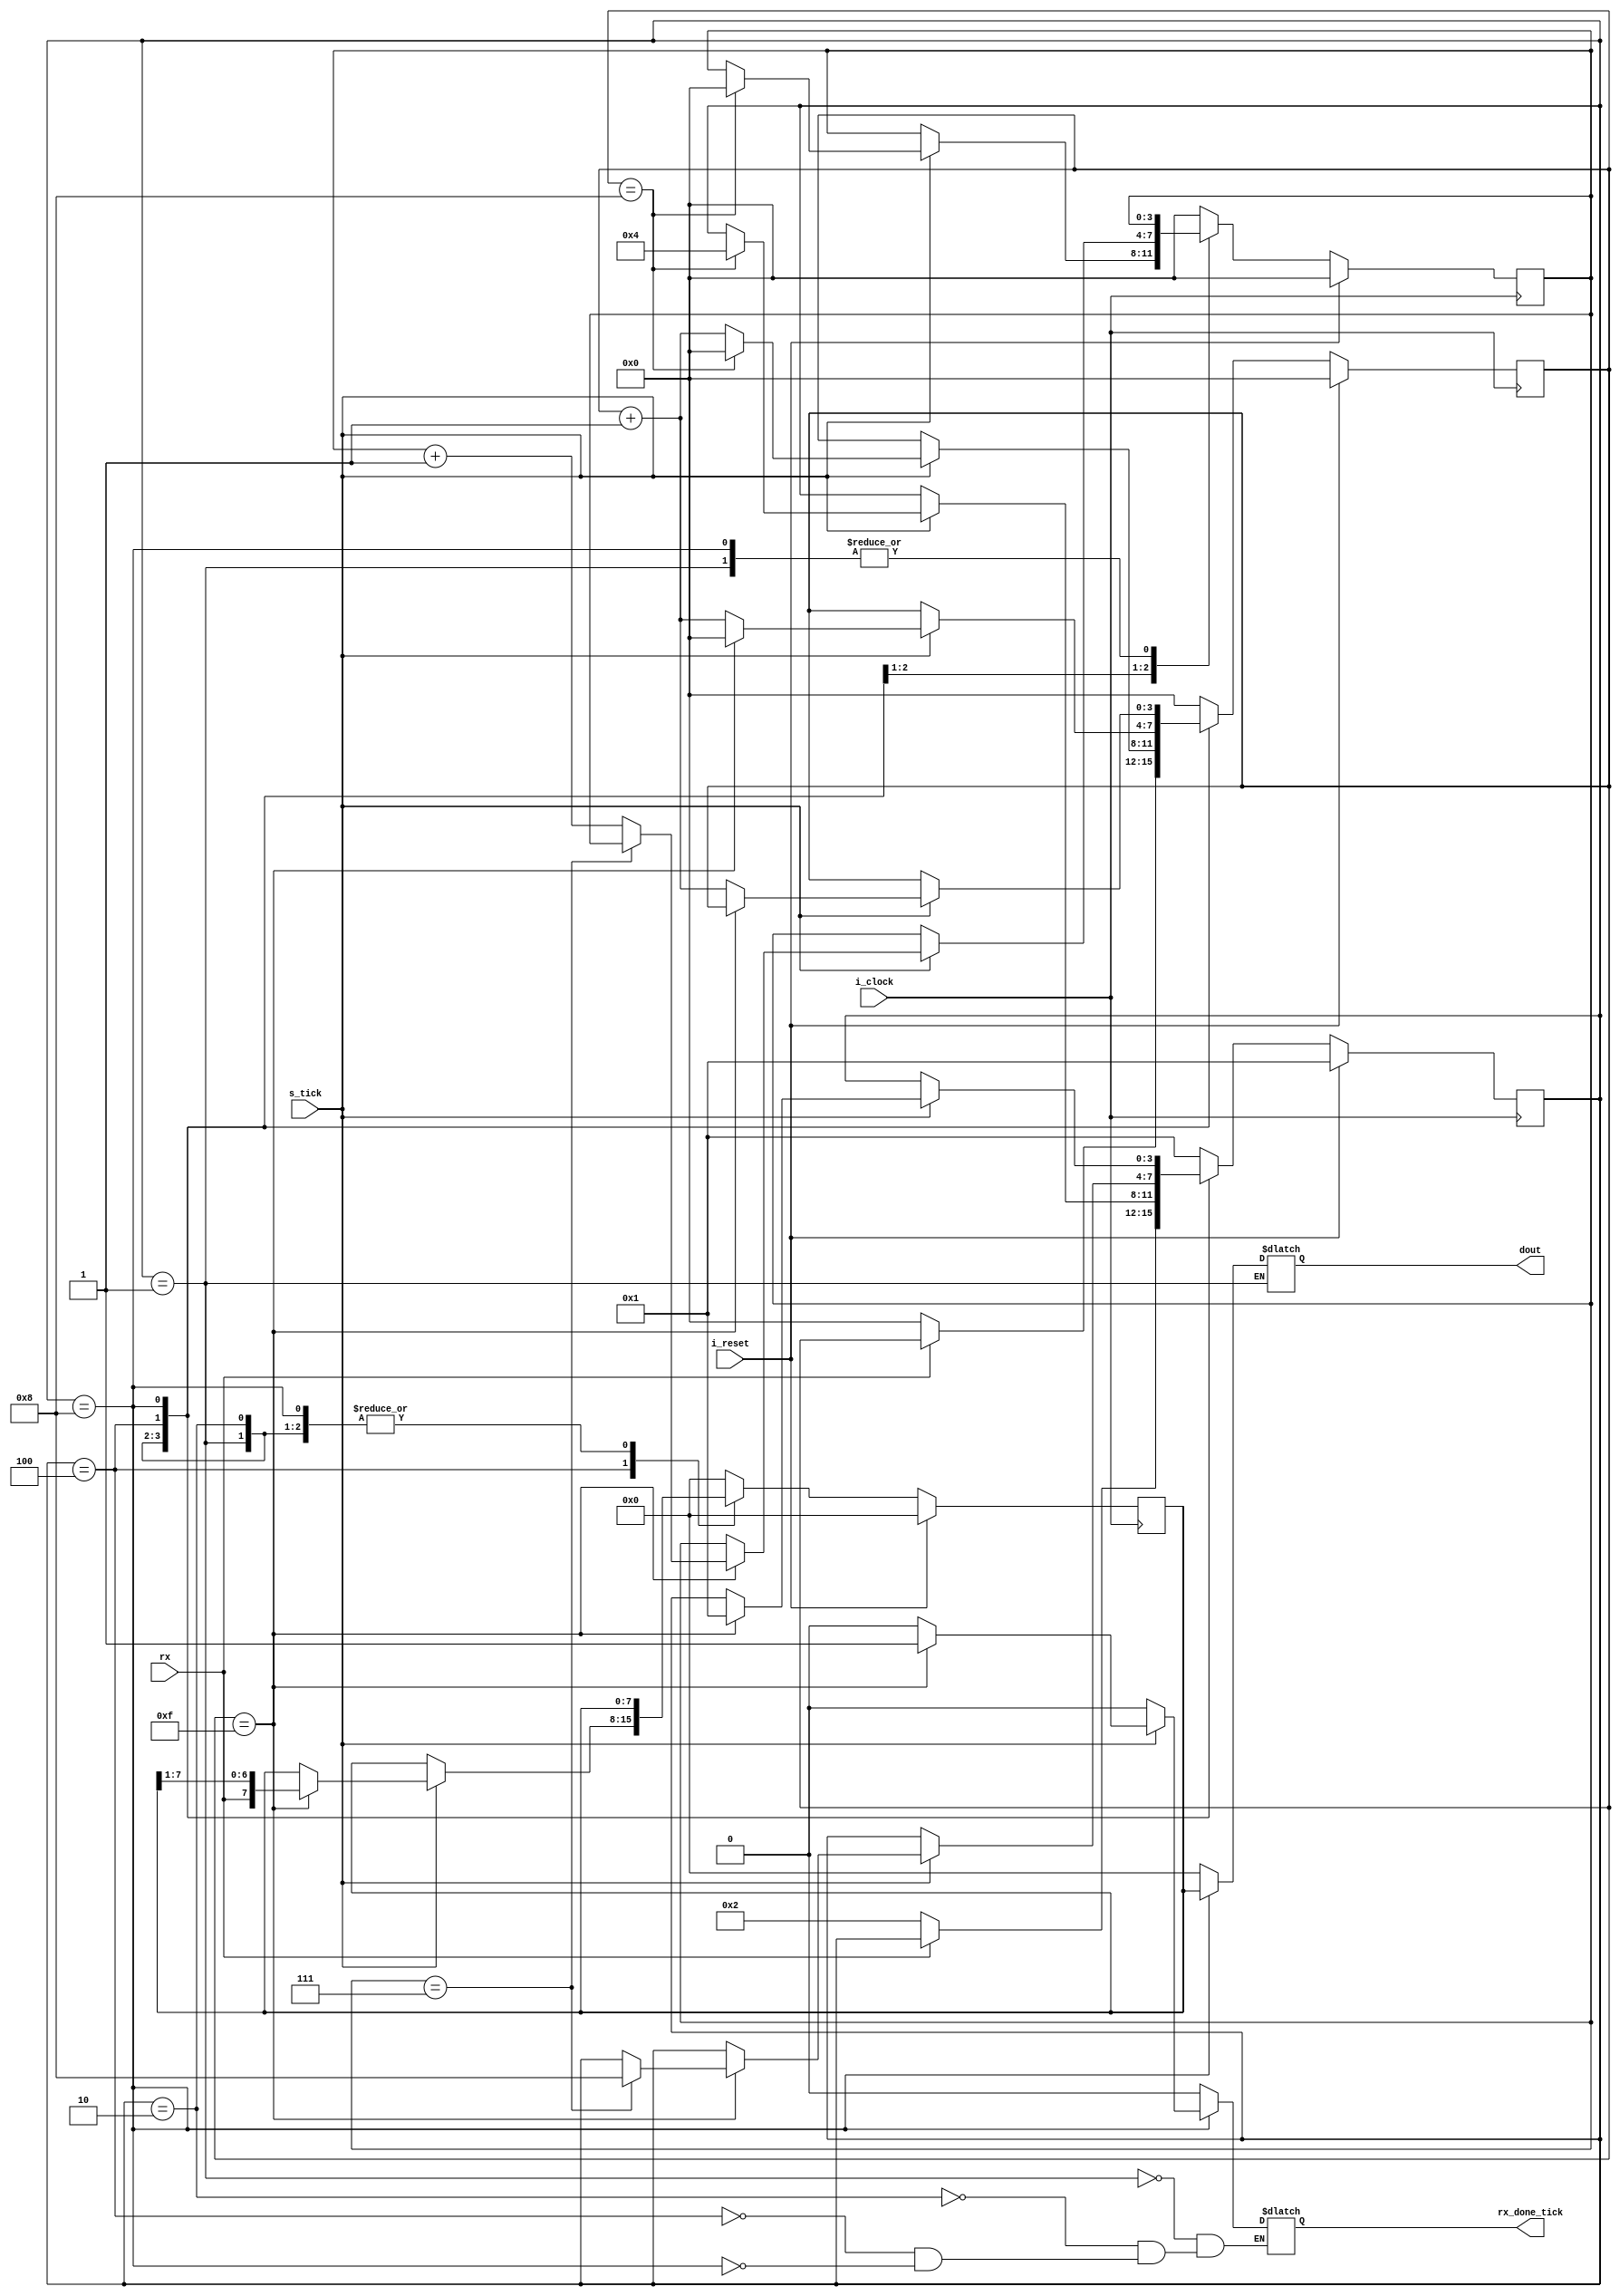
`timescale 1ns / 1ps
//////////////////////////////////////////////////////////////////////////////////
// Company: 
// Engineer: 
// 
// Design Name: 
// Module Name: Rx
// Project Name: 
// Target Devices: 
// Tool Versions: 
// Description: 
// 
// Dependencies: 
// 
// Revision:
// Revision 0.01 - File Created
// Additional Comments:
// 
//////////////////////////////////////////////////////////////////////////////////


module Rx
#(	
    parameter WORD_WIDTH = 8, //#Data Nbits
    parameter STOP_BIT_COUNT = 1 , //bits for stop signal
    parameter BIT_RESOLUTION = 16, //Number of s_ticks per bit sample
    parameter STOP_TICK_COUNT = STOP_BIT_COUNT * BIT_RESOLUTION,
    parameter BIT_COUNTER_WIDTH = $clog2(WORD_WIDTH),
    parameter TICK_COUNTER_WIDTH = $clog2(STOP_TICK_COUNT)
)
( 
    input  i_clock, i_reset, 
    input  rx,  s_tick, 
    output  reg  rx_done_tick, 
    output  reg  [WORD_WIDTH-1:0]  dout
);
					 
localparam STATE_WIDTH = 4;
  
// One hot  state  constants
localparam  [STATE_WIDTH:0]
	IDLE  =  4'b0001, 
	START =  4'b0010, 
	DATA  =  4'b0100, 
	STOP  =  4'b1000; 

// Signal  declarations 
reg  [STATE_WIDTH-1:0]  state_reg, state_next;
reg  [TICK_COUNTER_WIDTH - 1:0]  s_reg, s_next; 
reg  [BIT_COUNTER_WIDTH:0]  n_reg, n_next; 
reg  [WORD_WIDTH-1:0]  b_reg, b_next; 
reg done_reg;

//  FSMD memory ( states  &  DATA  registers )
always  @(posedge i_clock) 
	if (i_reset) 
		begin 
			state_reg  <=  IDLE; //comienzo en IDLE
			s_reg  <=  0; //contador de s_ticks
			n_reg  <=  0; //contador de bits
			b_reg  <=  0;//byte a recibir
		end 
	else 
		begin 
			state_reg  <=  state_next ; 
			s_reg  <=  s_next; 
			n_reg  <=  n_next; 
			b_reg  <=  b_next; 
		end 

//  FSMD  next-state  logic 
always  @* 
begin 
	state_next  =  state_reg; 
	done_reg  =  1'b0; 
	s_next  =  s_reg; 
	n_next  =  n_reg; 
	b_next  =  b_reg; 

	case (state_reg) 
		IDLE:
			if  (~rx) //si el bit rx = 0 (START)
			begin 
				state_next  =  START; //siguiente estado START
				s_next  =  0; //i_reseteo contador s_ticks
			end 
		START:
			if  (s_tick) 
				if  (s_reg==BIT_RESOLUTION/2) //cuento s_ticks hasta la mitad del STOP bit
					begin 
						state_next  =  DATA; //sampleo
						s_next  =  0; //i_reseteo contador de s_ticks/bits
						n_next  =  0; 
					end 
				else 
					s_next  =  s_reg  +  1;//contador s_ticks +1
		DATA:
			if  (s_tick) 
				if  (s_reg==BIT_RESOLUTION-1) //sampleo cada 16 s_ticks con desfasaje de 8
					begin 
						s_next  =  0; 
						//desplazo byte a la izq y agrego el bit rx al Lsb
						b_next  =  {rx , b_reg  [WORD_WIDTH-1 : 1]} ; 
						if  (n_reg==(WORD_WIDTH - 1)) //al recibir DBIT's
							state_next  =  STOP  ; //defino siguiente estado en STOP
						else 
							n_next  =  n_reg  +  1; //contador de bits + 1
					end 
				else 
					s_next  =  s_reg  +  1; //contador de s_ticks + 1
		STOP: 
			if  (s_tick) 
				if  (s_reg == (STOP_TICK_COUNT - 1)) //Cuento s_ticks de bit de STOP
					begin 
						state_next  =  IDLE;//vuelvo al IDLE
						done_reg  = 1'b1;//seteo la flag del buff para cargar nuevo dato
					end 
				else 
					s_next  =  s_reg  +  1;//contador de s_ticks + 1
		default:
		begin
            state_next  =  IDLE; 
            done_reg  =  0; 
            s_next  =  0; 
            n_next  =  0; 
            b_next  =  0; 
        end
	endcase

end

//Output logic
always@(*)
case(state_reg)
    IDLE :
    begin
    dout = dout;//Mantain dout and done flag till start recieving again
    rx_done_tick = 0;
    end
    START :
    begin
    dout = 0;
    rx_done_tick = 0;
    end
    DATA :
    begin
    dout = 0;
    rx_done_tick = 0;
    end
    STOP :
    begin
    dout = b_reg;//Set dout and done flag        
    rx_done_tick = done_reg;
    end
    default :
    dout = 0;
endcase

endmodule